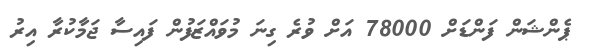
ޕެންޝަން ފަންޑަށް 78000 އަށް ވުރެ ގިނަ މުވައްޒަފުން ފައިސާ ޖަމާކުރާ އިރު